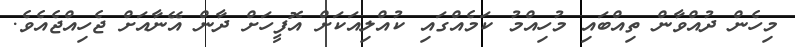
މިހެން ދުއްވާން ތިއްބައި މުހިއްމު ކަމެއްގައި ކުއްލިއަކަށް އޮފީހަށް ދާން އޭނާއަށް ޖެހިއްޖެއެވެ.